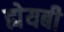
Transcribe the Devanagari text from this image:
ह्येयबी